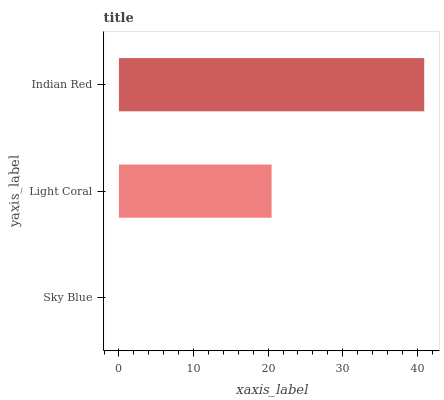
| yaxis_label | bars |
 | --- | --- |
 | Sky Blue | 0 |
 | Light Coral | 20.5 |
 | Indian Red | 40.9 |